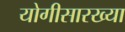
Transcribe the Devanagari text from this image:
योगीसारख्या